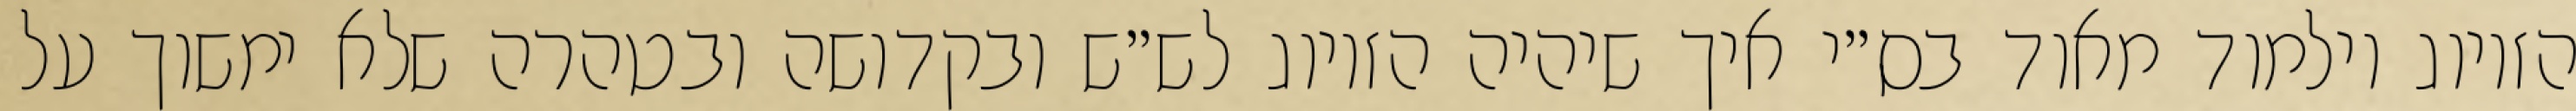
הזיווג וילמוד מאוד בס״י איך שיהיה הזיווג לש״ש ובקדושה ובטהרה שלא ימשוך על